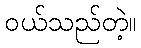
ဝယ်သည်တဲ့။